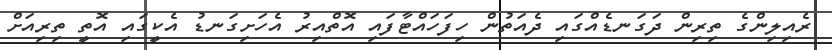
ރެއިލިންގެ ތިރިން ދަގަނޑެއްގައި ދެއަތުން ހިފަހައްޓާފައި އޮތްއިރު އެހަށިގަނޑު އެކީގައި އޮތީ ތިރިއަށް